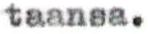
taansa.